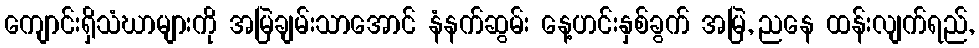
ကျောင်းရှိသံဃာများကို အမြဲချမ်းသာအောင် နံနက်ဆွမ်း နေ့ဟင်းနှစ်ခွက် အမြဲ, ညနေ ထန်းလျက်ရည်,